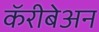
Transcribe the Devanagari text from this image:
कॅरीबेअन